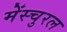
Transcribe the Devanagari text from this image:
मेंस्चुरल